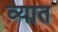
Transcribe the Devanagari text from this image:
व्यात